Civil Veterinary Dept. Bombay admin report 1907-1913 - 1907-1913
Year: 1907
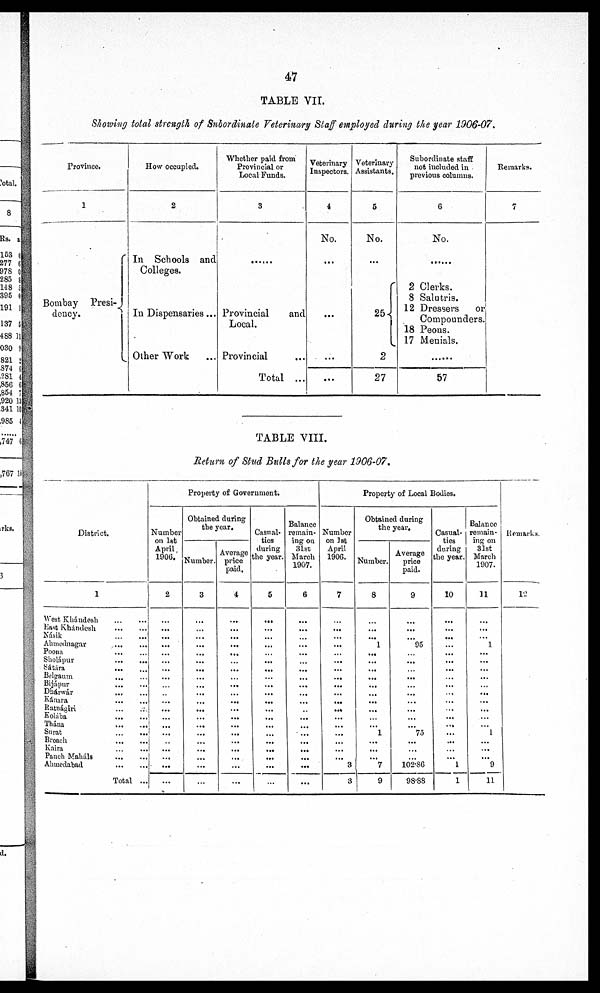
47
TABLE VII.
Showing total strength of Subordinate Veterinary Staff employed during the year 1906-07.
Province.
1
Bombay Presi-
dency.
How occupied.
2
In Schools and
Colleges.
In Dispensaries...
Other Work
Whether paid from
Provincial or
Local Funds.
3
......
Provincial
and
Local.
Provincial ...
Total ...
Veterinary
Inspectors.
4
No.
...
...
...
Voterinary
Assistants,
5
No.
...
25
2
27
Subordinate staff
not included in
previous columns.
6
No.
......
2 Clerks.
8 Salutris.
12 Dressers
or
Compounders.
18 Peons.
17 Menials.
57
Remarks.
7
TABLE VIII.
Return of Stud Bulls for the year 1906-07.
District.
1
West Khándesh
East Khándesh ... ...
Násik
Ahmednagar
...
...
Poona ... ...
Sholápur
sátára
...
...
Belgaum
...
...
Bijápur
Dhárwár
... ...
Kánara
...
...
Ratnágiri
...
...
Kolába
...
...
Thána
Surat
Broach
Kaira
Panch Maháls
Ahmedabad
Total ...
Property of Government.
Number
on 1st
April
1906.
2
...
...
...
...
...
...
...
...
...
...
...
...
...
...
Obtained during
the year.
Number.
3
...
...
...
...
...
...
...
...
...
...
...
...
...
...
...
Average
price
paid.
4
...
...
...
...
...
...
...
...
...
...
...
...
...
...
Casual-
ties
during
the year.
5
...
...
...
...
...
...
...
...
...
...
...
...
...
...
...
...
...
Balance
remain-
ing on
31st
March
1907.
6
...
...
...
...
...
...
...
...
...
...
...
...
...
Property of Local Bodies.
Number
on 1st
April
1906.
7
...
...
...
...
...
...
...
...
...
...
...
...
...
...
3
3
Obtained during
the year.
Number.
8
...
1
...
...
...
...
...
...
...
...
1
...
...
...
7
9
Average
price
paid.
9
...
95
...
...
...
...
...
75
...
...
...
102.86
98.88
Casual-
ties
during
the year.
10
...
...
...
...
...
...
...
...
...
...
...
...
...
...
1
1
Balance
remain-
ing on
31st
March
1907.
11
...
...
1
...
...
...
...
...
...
...
1
...
...
9
11
Remarks.
12